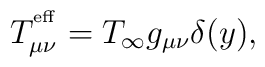
T^{^{\rm eff}}_{\mu\nu} = T_\infty g_{\mu\nu} \delta(y),